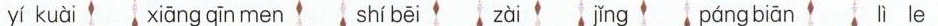
yí kuài xiāng qīn men shí bēi zài jǐng páng biā lì le